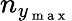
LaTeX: n_{y_{\mathrm{~m~a~x~}}}